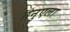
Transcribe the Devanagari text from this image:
मनुएला